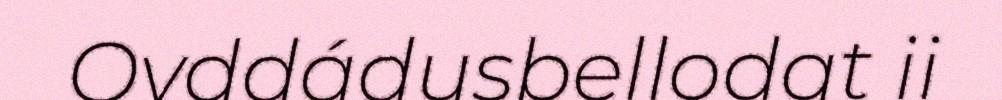
Ovddádusbellodat ii